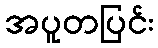
အပူတပြင်း